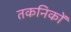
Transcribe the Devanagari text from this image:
तकनिकों